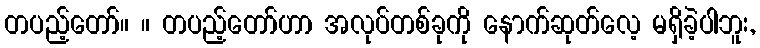
တပည့်တော်။ ။ တပည့်တော်ဟာ အလုပ်တစ်ခုကို နောက်ဆုတ်လေ့ မရှိခဲ့ပါဘူး,